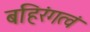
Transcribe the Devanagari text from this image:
बहिरंगत्वं